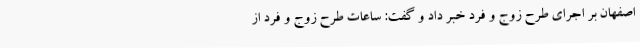
اصفهان بر اجرای طرح زوج و فرد خبر داد و گفت: ساعات طرح زوج و فرد از